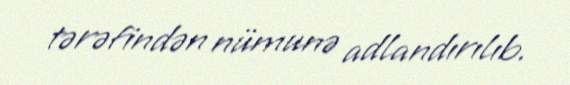
tərəfindən nümunə adlandırılıb.